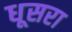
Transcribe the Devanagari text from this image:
धूसरा